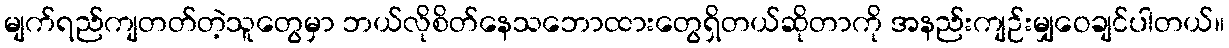
မျက်ရည်ကျတတ်တဲ့သူတွေမှာ ဘယ်လိုစိတ်နေသဘောထားတွေရှိတယ်ဆိုတာကို အနည်းကျဉ်းမျှဝေချင်ပါတယ်။